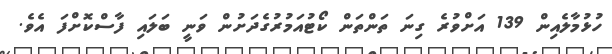
ހުޅުމާލެއިން 139 އަށްވުރެ ގިނަ ތަންތަން ކޯޓުއަމުރުގެދަށުން ވަނީ ބަލައި ފާސްކޮށްފަ އެވެ.